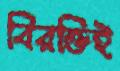
বিরক্তিই